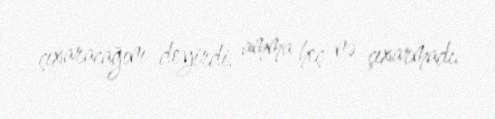
çıxaracağını deyirdi, amma heç nə çıxarmadı.